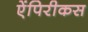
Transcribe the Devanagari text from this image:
ऐंपिरीकस